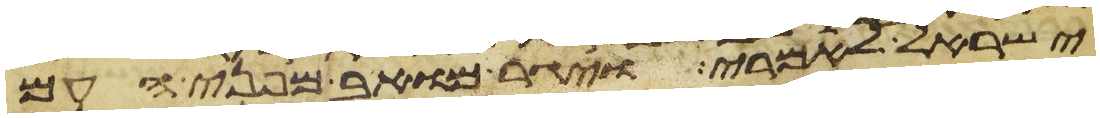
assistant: ישראל לאמרי ויגר מואב מפני העם